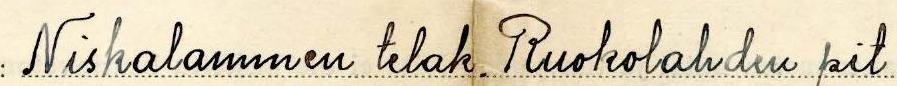
Niskalammen telak. Ruokolahden pit